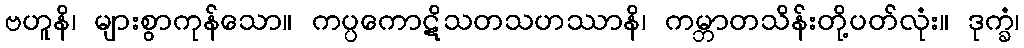
ဗဟူနိ၊ များစွာကုန်သော။ ကပ္ပကောဋိသတသဟဿာနိ၊ ကမ္ဘာတသိန်းတို့ပတ်လုံး။ ဒုက္ခံ၊